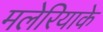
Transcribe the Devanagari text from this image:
मलेरियाके